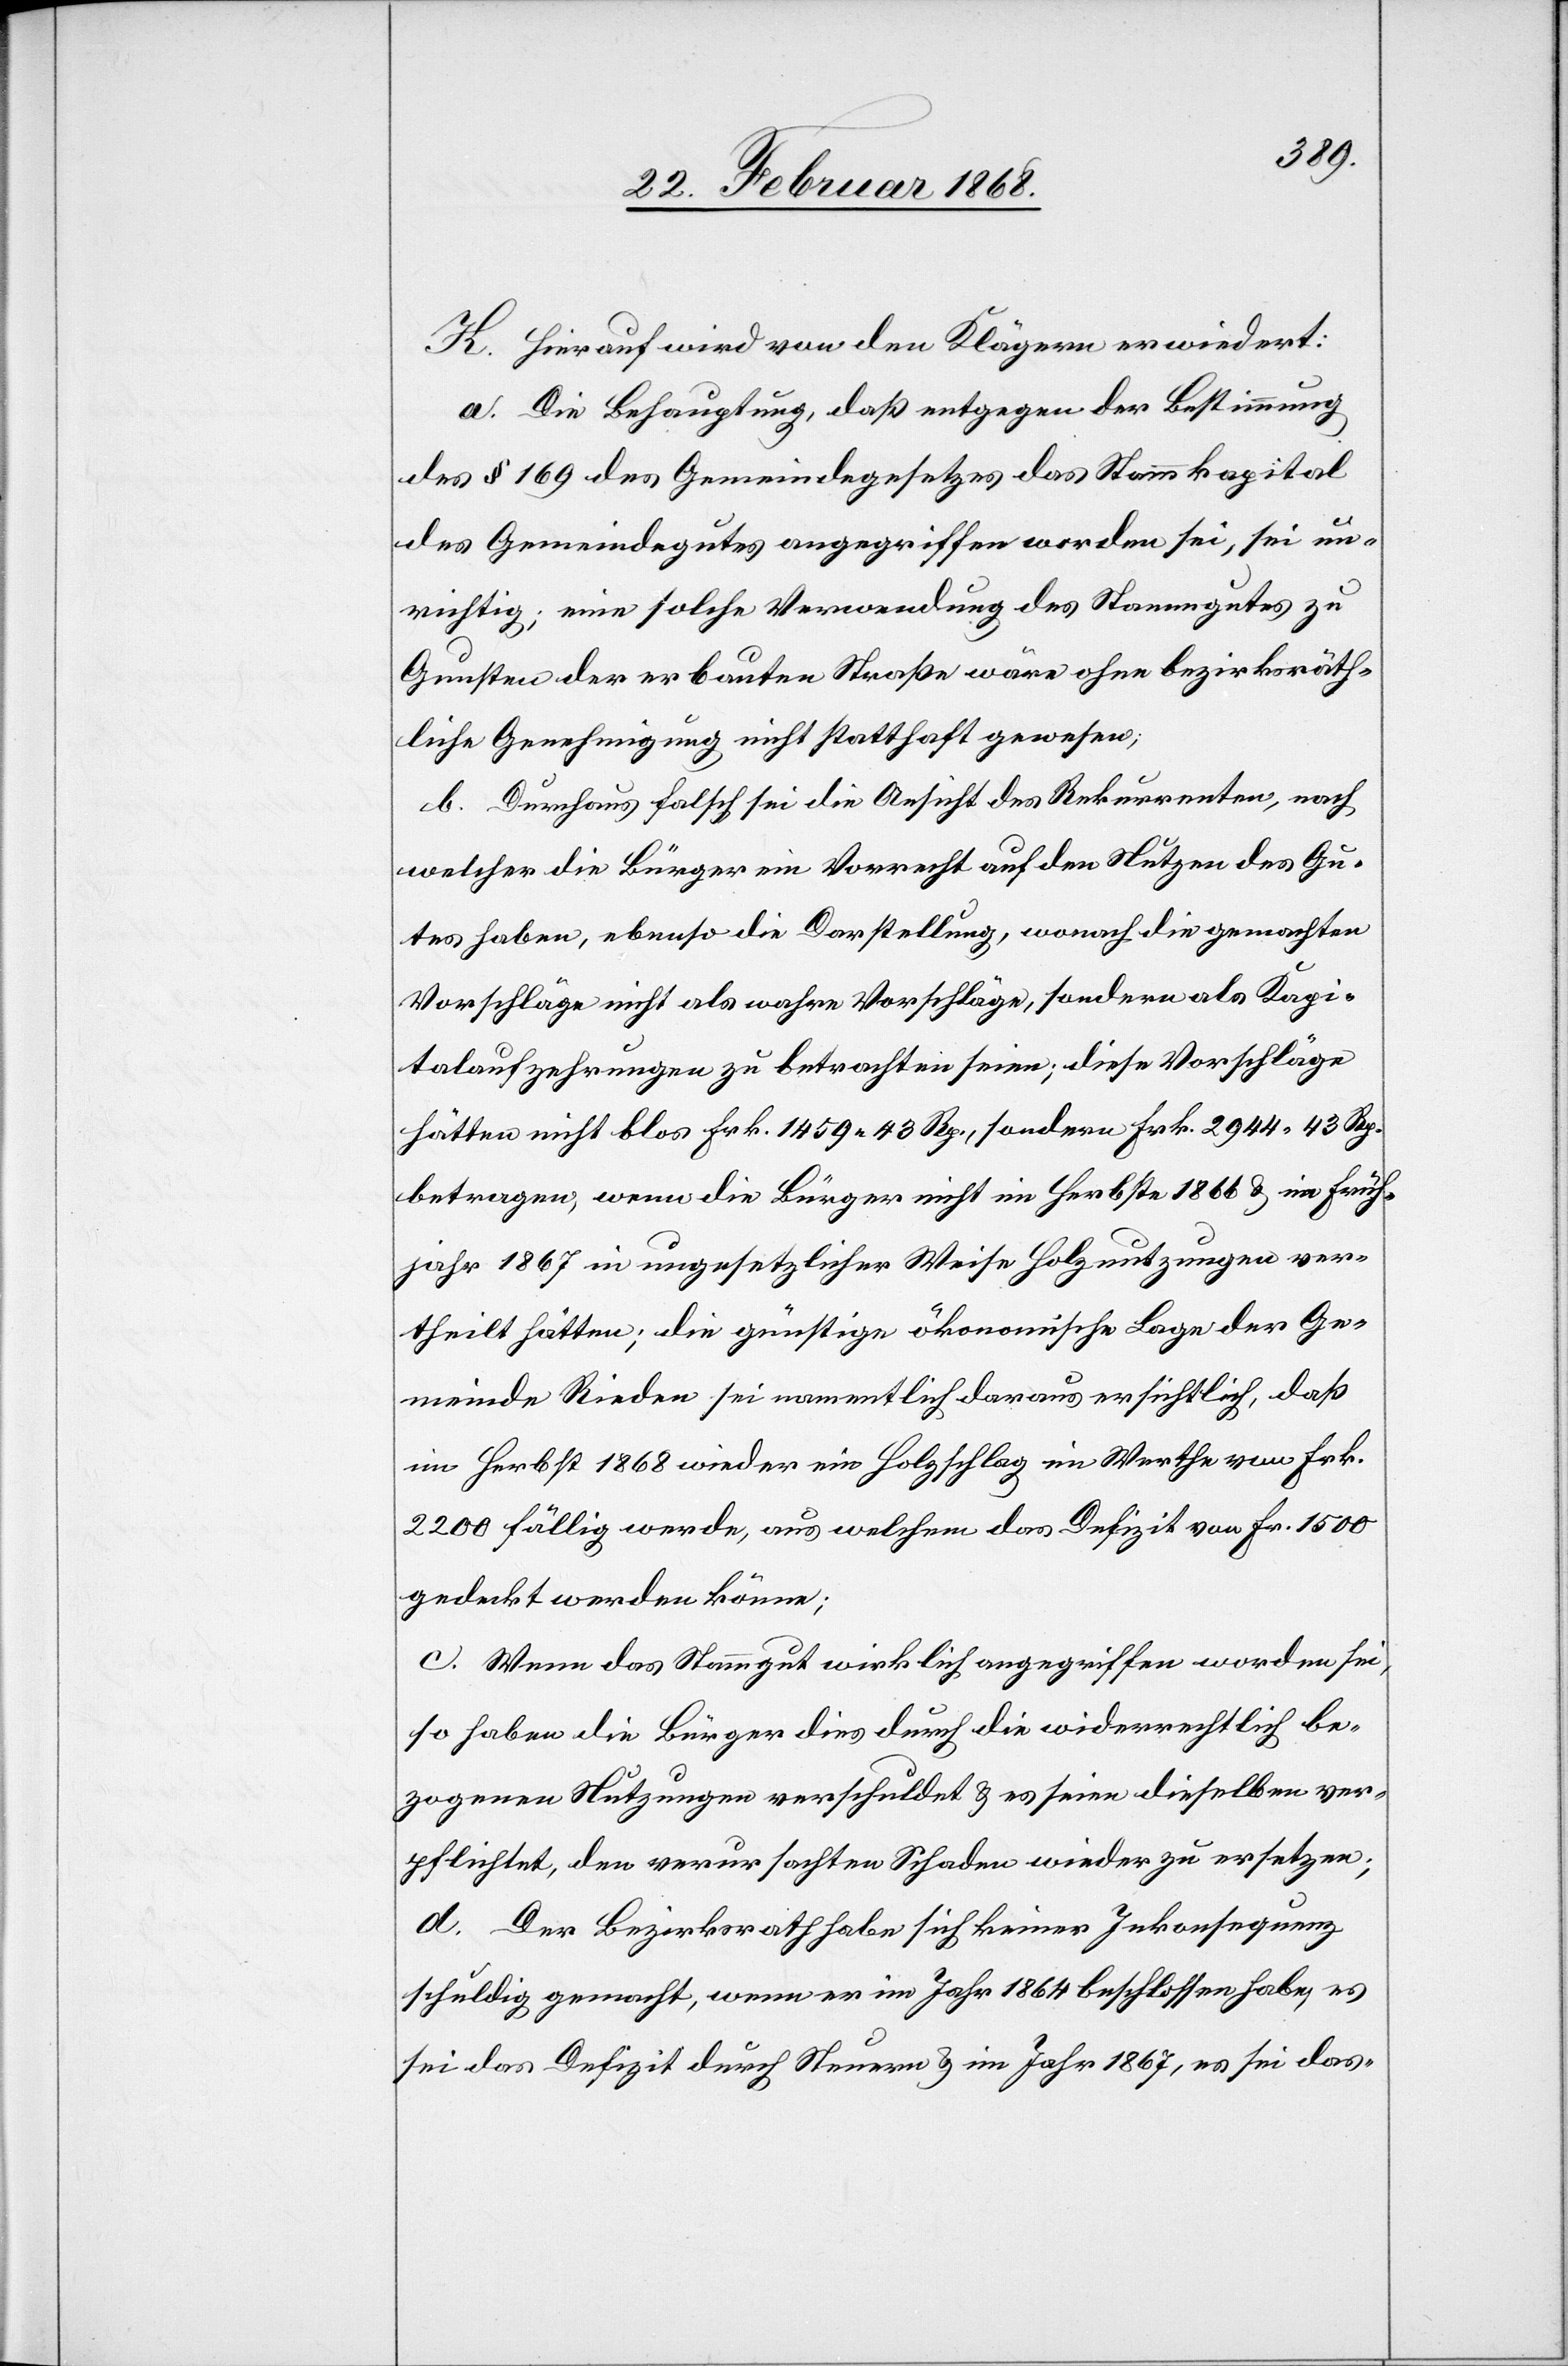
K. Hierauf wird von den Klägern erwiedert:
a. Die Behauptung, daß entgegen der Bestimmung
des § 169 des Gemeindegesetzes das Stammkapital
des Gemeindegutes angegriffen worden sei, sei un¬
richtig; eine solche Verwendung des Stammgutes zu
Gunsten der erbauten Straße wäre ohne bezirksräth¬
liche Genehmigung nicht statthaft gewesen;
b. Durchaus falsch sei die Ansicht des Rekurrenten, nach
welcher die Bürger ein Vorrecht auf den Nutzen des Gu¬
tes haben, ebenso die Darstellung, wonach die gemachten
Vorschläge nicht als wahre Vorschläge, sondern als Kapi¬
talaufzehrungen zu betrachten seien; diese Vorschläge
hätten nicht blos Frk. 1459. 43 Rp., sondern Frk. 2944. 43 Rp.
betragen, wenn die Bürger nicht im Herbste 1866 & im Früh¬
jahr 1867 in ungesetzlicher Weise Holznutzungen ver¬
theilt hätten; die günstige ökonomische Lage der Ge¬
meinde Rieden sei namentlich daraus ersichtlich, daß
im Herbst 1868 wieder ein Holzschlag im Werthe von Frk.
2200 fällig werde, aus welchem das Defizit von Fr. 1500
gedeckt werden könne;
c. Wenn das Stammgut wirklich angegriffen worden sei,
so haben die Bürger dies durch die widerrechtlich be¬
zogenen Nutzungen verschuldet & es seien dieselben ver¬
pflichtet, den verursachten Schaden wieder zu ersetzen;
d. Der Bezirksrath habe sich keiner Inkonsequenz
schuldig gemacht, wenn er im Jahr 1864 beschlossen habe, es
sei das Defizit durch Steuern & im Jahr 1867, es sei das-